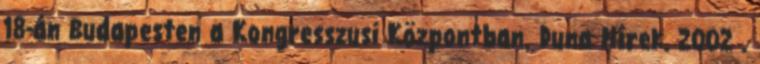
18-án Budapesten a Kongresszusi Központban. Duna Hírek. 2002 .